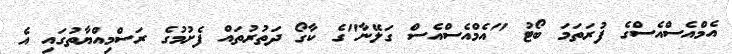
އެމްއެސްއެސްގެ ފުރަތަމަ ބޯޓު "އެމްއެސްއެސް ގަލޭނާ"ގެ ކާގޯ ދަތުރުތައް ފެށުމުގެ ރަސްމިއްޔާތުގައި އެ